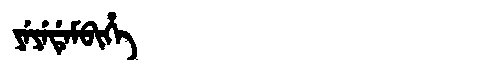
Manchu: ᠶᡝᠶᡝᡩᡝᠮᠪᡳᡥᡝ
Romanization: YEYEDEMBIHE